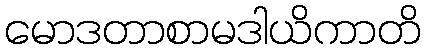
မောဒတာစာမဒါယိကာတိ